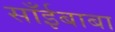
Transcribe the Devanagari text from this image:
साँईबाबा